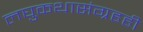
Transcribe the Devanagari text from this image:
लघुकथासंग्रहही